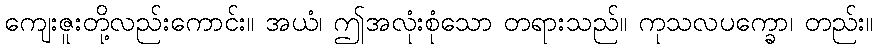
ကျေးဇူးတို့လည်းကောင်း။ အယံ၊ ဤအလုံးစုံသော တရားသည်။ ကုသလပက္ခော၊ တည်း။